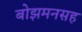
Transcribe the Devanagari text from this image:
बोझमनसह